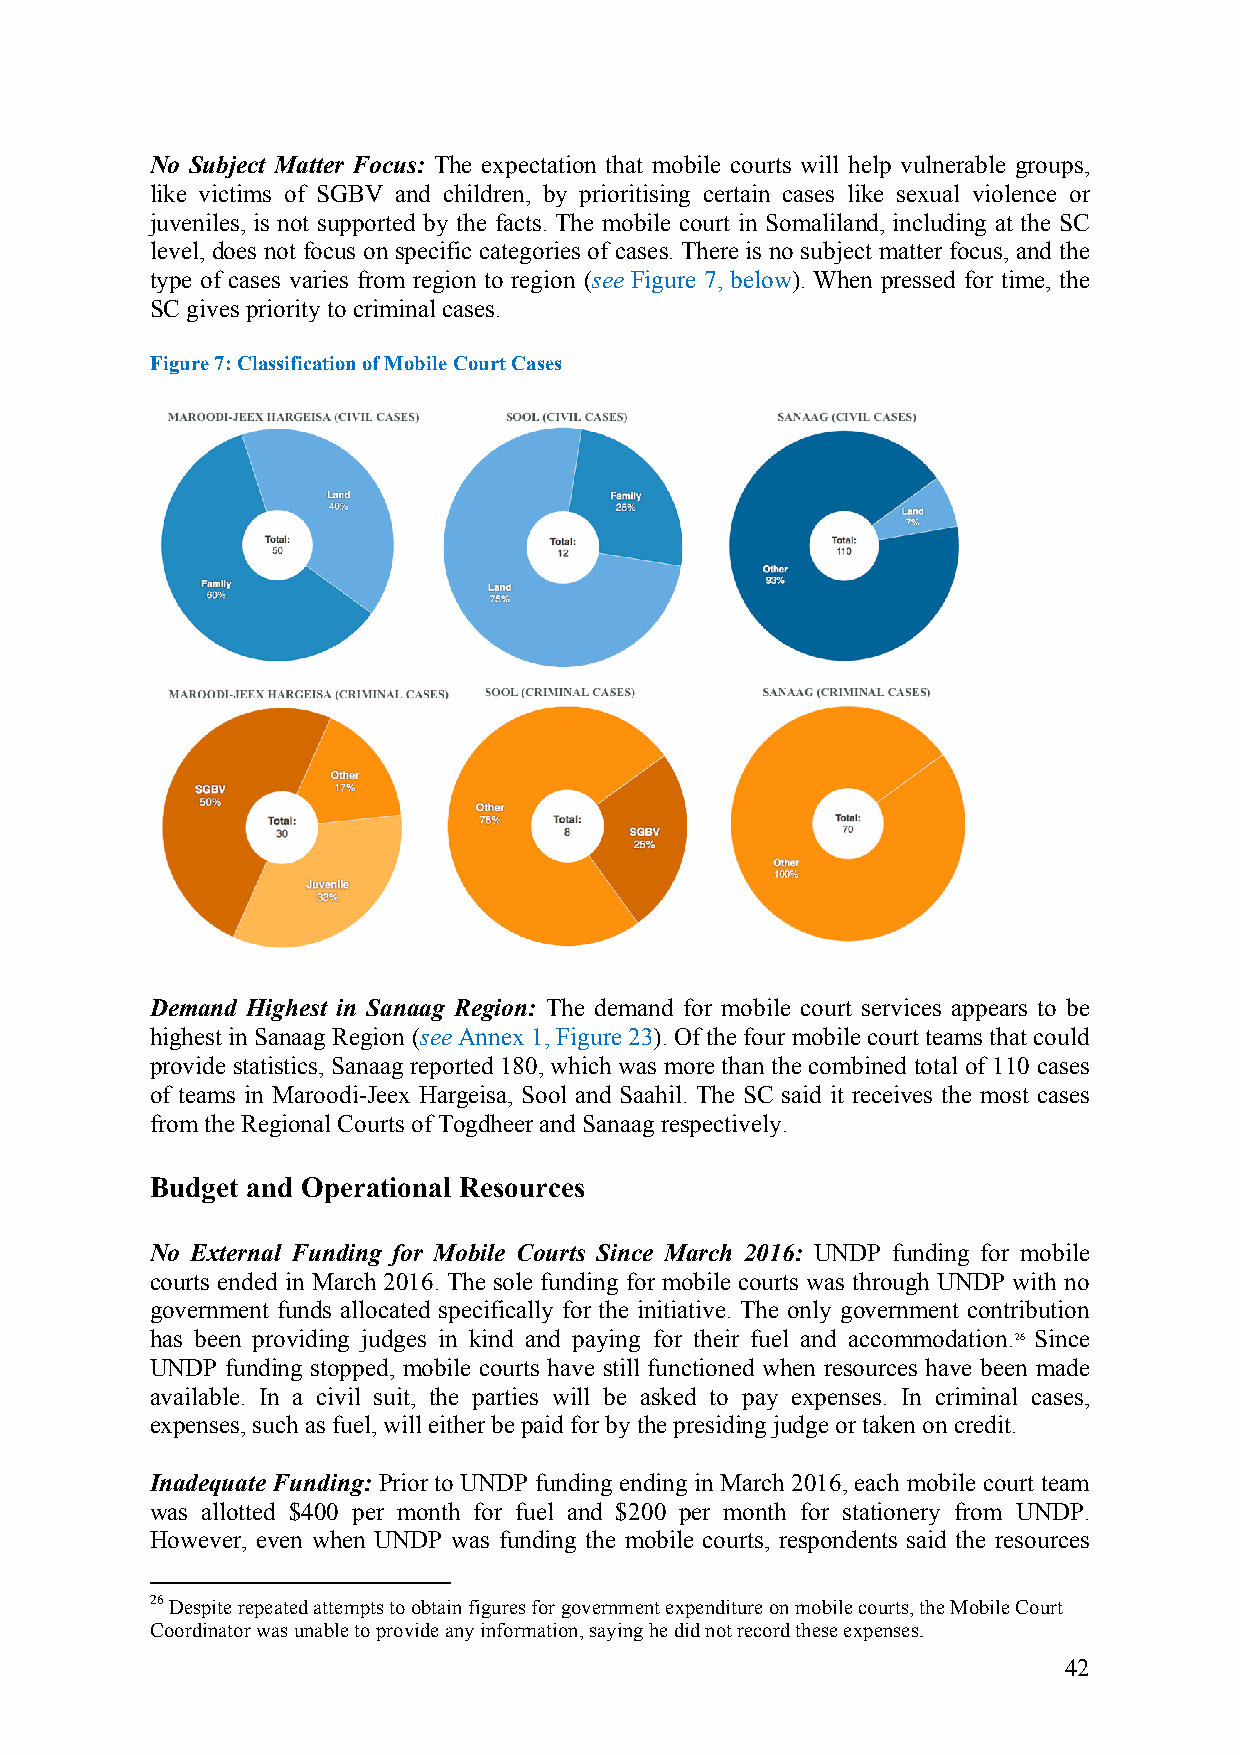
No Subject Matter Focus: The expectation that mobile courts will help vulnerable groups,
 like victims of SGBV and children, by prioritising certain cases like sexual violence or
 juveniles, is not supported by the facts. The mobile court in Somaliland, including at the SC
 level, does not focus on specific categories of cases. There is no subject matter focus, and the
 type of cases varies from region to region (see Figure 7, below). When pressed for time, the
 SC gives priority to criminal cases.
 Figure 7: Classification of Mobile Court Cases
 Demand Highest in Sanaag Region: The demand for mobile court services appears to be
 highest in Sanaag Region (see Annex 1, Figure 23). Of the four mobile court teams that could
 provide statistics, Sanaag reported 180, which was more than the combined total of 110 cases
 of teams in Maroodi-Jeex Hargeisa, Sool and Saahil. The SC said it receives the most cases
 from the Regional Courts of Togdheer and Sanaag respectively.
 Budget and Operational Resources
 No External Funding for Mobile Courts Since March 2016: UNDP funding for mobile
 courts ended in March 2016. The sole funding for mobile courts was through UNDP with no
 government funds allocated specifically for the initiative. The only government contribution
 has been providing judges in kind and paying for their fuel and accommodation.26 Since
 UNDP funding stopped, mobile courts have still functioned when resources have been made
 available. In a civil suit, the parties will be asked to pay expenses. In criminal cases,
 expenses, such as fuel, will either be paid for by the presiding judge or taken on credit.
 Inadequate Funding: Prior to UNDP funding ending in March 2016, each mobile court team
 was allotted $400 per month for fuel and $200 per month for stationery from UNDP.
 However, even when UNDP was funding the mobile courts, respondents said the resources
 26 Despite repeated attempts to obtain figures for government expenditure on mobile courts, the Mobile Court
 Coordinator was unable to provide any information, saying he did not record these expenses.
 42